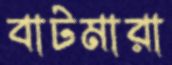
বাটমারা